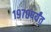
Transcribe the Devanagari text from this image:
१९७०पर्यंत